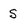
Character: S